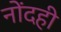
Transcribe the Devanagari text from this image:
नोंदही